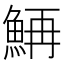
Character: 𲌴